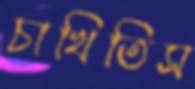
চাখিতিস